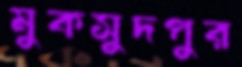
মুকসুদপুর